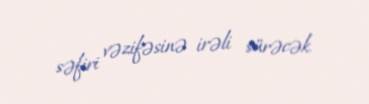
səfiri vəzifəsinə irəli sürəcək.